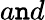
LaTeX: a\mathtt{n}d